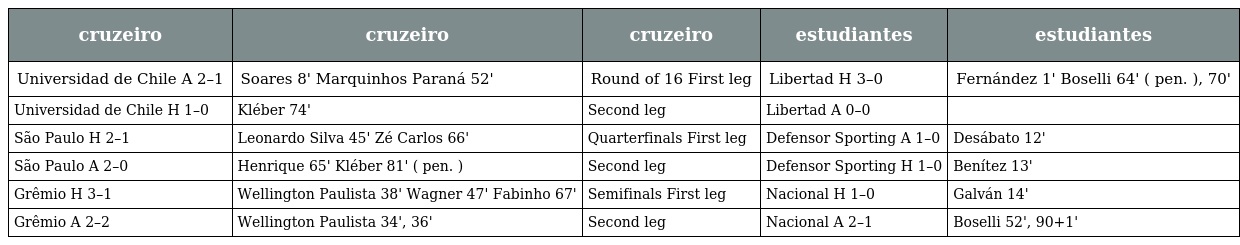
| cruzeiro | cruzeiro | cruzeiro | estudiantes | estudiantes |
 | --- | --- | --- | --- | --- |
 | Universidad de Chile A 2–1 | Soares 8' Marquinhos Paraná 52' | Round of 16 First leg | Libertad H 3–0 | Fernández 1' Boselli 64' ( pen. ), 70' |
 | Universidad de Chile H 1–0 | Kléber 74' | Second leg | Libertad A 0–0 |  |
 | São Paulo H 2–1 | Leonardo Silva 45' Zé Carlos 66' | Quarterfinals First leg | Defensor Sporting A 1–0 | Desábato 12' |
 | São Paulo A 2–0 | Henrique 65' Kléber 81' ( pen. ) | Second leg | Defensor Sporting H 1–0 | Benítez 13' |
 | Grêmio H 3–1 | Wellington Paulista 38' Wagner 47' Fabinho 67' | Semifinals First leg | Nacional H 1–0 | Galván 14' |
 | Grêmio A 2–2 | Wellington Paulista 34', 36' | Second leg | Nacional A 2–1 | Boselli 52', 90+1' |